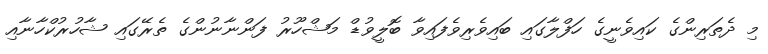
މި ދެތަރިންގެ ކައިވެނީގެ ހަފްލާގައި ބައިވެރިވެފައިވާ ބޮލީވުޑް މަޝްހޫރު ފަންނާނުންގެ ތެރޭގައި ޝާހުރުކްހާނާއި